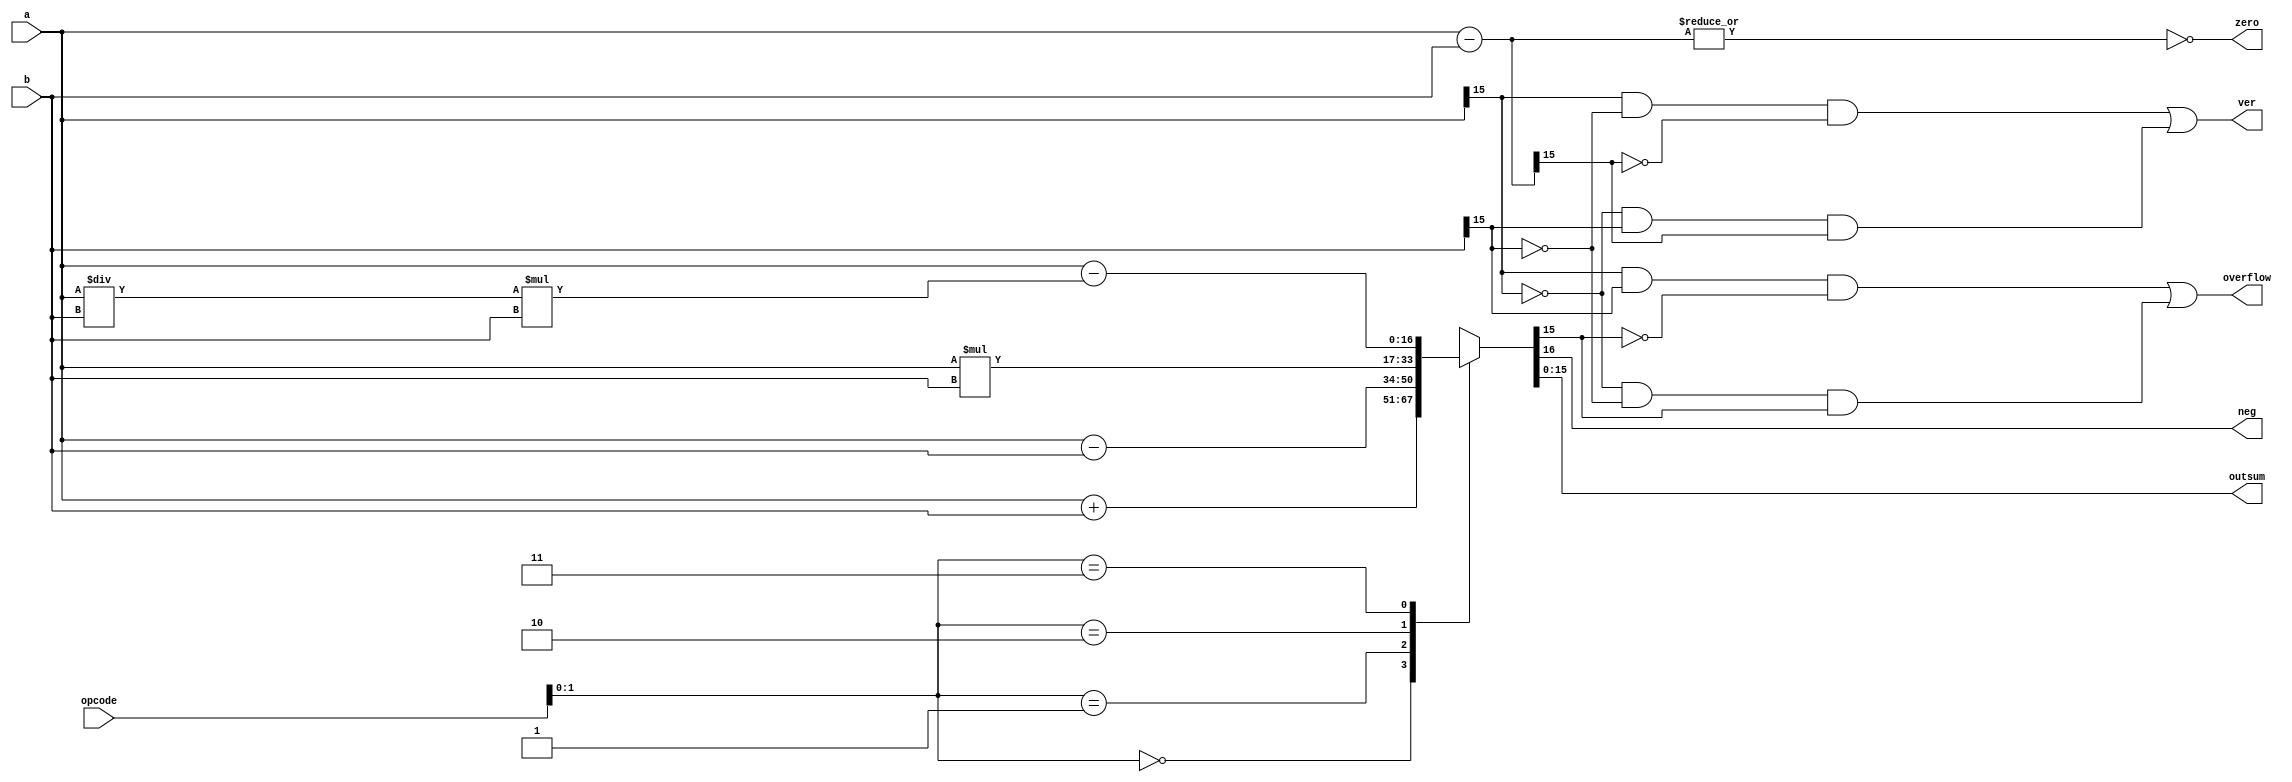
/*
   This file was generated automatically by the Mojo IDE version B1.3.6.
   Do not edit this file directly. Instead edit the original Lucid source.
   This is a temporary file and any changes made to it will be destroyed.
*/

module adder_21 (
    input [5:0] opcode,
    input [15:0] a,
    input [15:0] b,
    output reg zero,
    output reg ver,
    output reg neg,
    output reg [15:0] outsum,
    output reg overflow
  );
  
  
  
  reg [16:0] actualsum;
  
  reg [15:0] negative;
  
  always @* begin
    negative = a - b;
    
    case (opcode[0+1-:2])
      2'h0: begin
        actualsum = a + b;
      end
      2'h1: begin
        actualsum = a - b;
      end
      2'h2: begin
        actualsum = a * b;
      end
      2'h3: begin
        actualsum = a - ((a / b) * b);
      end
      default: begin
        actualsum = a + b;
      end
    endcase
    outsum = actualsum[0+15-:16];
    ver = (a[15+0-:1] & ~b[15+0-:1] & (~negative[15+0-:1])) | ((~a[15+0-:1]) & (b[15+0-:1]) & negative[15+0-:1]);
    zero = (~|negative);
    neg = actualsum[16+0-:1];
    overflow = (a[15+0-:1] & b[15+0-:1] & (~actualsum[15+0-:1])) | ((~a[15+0-:1]) & (~b[15+0-:1]) & actualsum[15+0-:1]);
  end
endmodule